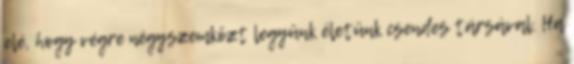
elé, hogy végre négyszemközt legyünk életünk csendes társával. Ha